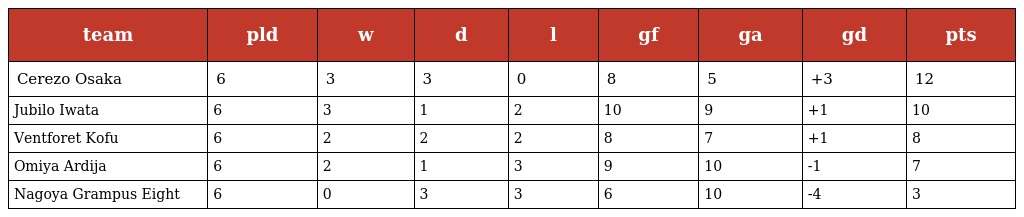
| team | pld | w | d | l | gf | ga | gd | pts |
 | --- | --- | --- | --- | --- | --- | --- | --- | --- |
 | Cerezo Osaka | 6 | 3 | 3 | 0 | 8 | 5 | +3 | 12 |
 | Jubilo Iwata | 6 | 3 | 1 | 2 | 10 | 9 | +1 | 10 |
 | Ventforet Kofu | 6 | 2 | 2 | 2 | 8 | 7 | +1 | 8 |
 | Omiya Ardija | 6 | 2 | 1 | 3 | 9 | 10 | -1 | 7 |
 | Nagoya Grampus Eight | 6 | 0 | 3 | 3 | 6 | 10 | -4 | 3 |